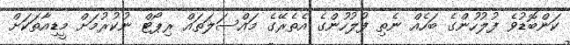
ކަންބޮޑުވެ ފުލުހުންގެ ބަހެއް ނެތި ފުލުހުންގެ އެތެރޭގެ މައްސަލަތައް ރިޕޯޓް ނުކުރުމަށް މީޑިއާތަކަށް